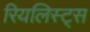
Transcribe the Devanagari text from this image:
रियलिस्ट्स